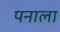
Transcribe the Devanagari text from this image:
पनाला